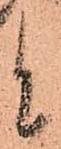
と